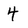
Character: 4